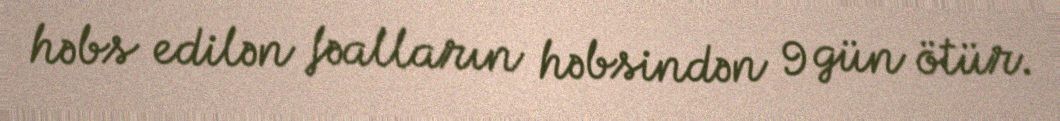
həbs edilən fəalların həbsindən 9 gün ötür.